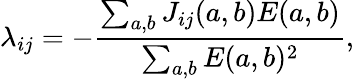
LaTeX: \lambda_{ij}=-\frac{\sum_{a,b}J_{ij}(a,b)E(a,b)}{\sum_{a,b}E(a,b)^{2}},